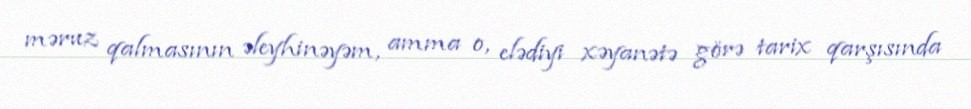
məruz qalmasının əleyhinəyəm, amma o, elədiyi xəyanətə görə tarix qarşısında